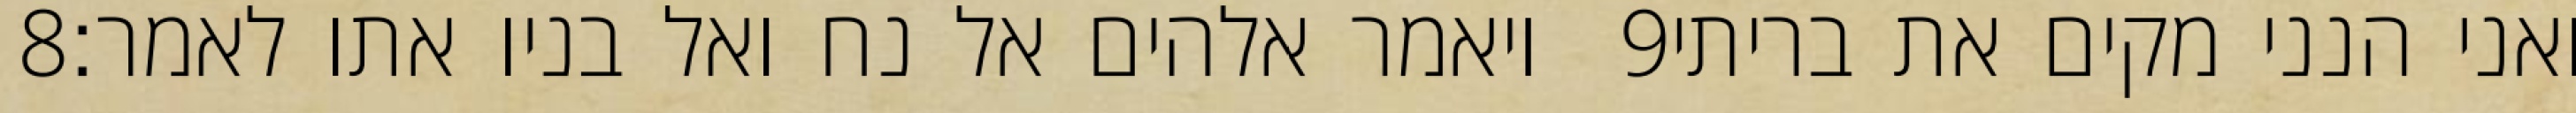
‎8‏ ויאמר אלהים אל נח ואל בניו אתו לאמר׃ ‎9‏ ואני הנני מקים את בריתי